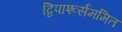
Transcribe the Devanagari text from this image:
द्विपार्श्व्सममित